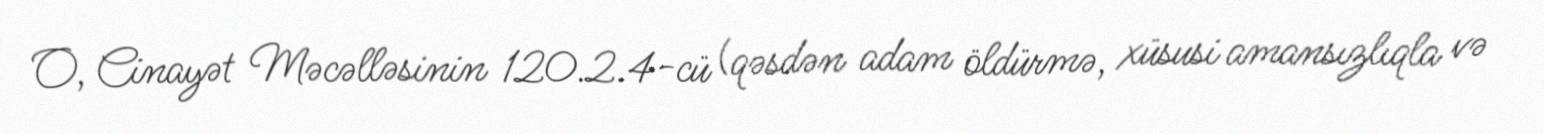
O, Cinayət Məcəlləsinin 120.2.4-cü (qəsdən adam öldürmə, xüsusi amansızlıqla və